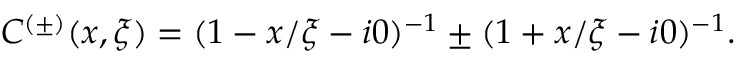
C ^ { ( \pm ) } ( x , \xi ) = ( 1 - x / \xi - i 0 ) ^ { - 1 } \pm ( 1 + x / \xi - i 0 ) ^ { - 1 } .